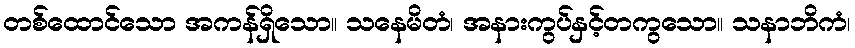
တစ်ထောင်သော အကန်ရှိသော။ သနေမိတံ၊ အနားကွပ်နှင့်တကွသော။ သနာဘိကံ၊